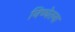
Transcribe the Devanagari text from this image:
निष्चेतना